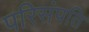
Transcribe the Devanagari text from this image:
परिसंपति